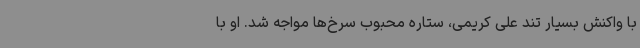
با واکنش بسیار تند علی کریمی، ستاره محبوب‌ سرخ‌ها مواجه شد. او با